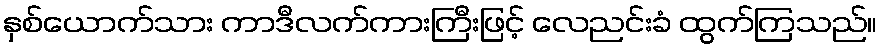
နှစ်ယောက်သား ကာဒီလက်ကားကြီးဖြင့် လေညင်းခံ ထွက်ကြသည်။